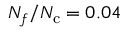
N _ { f } / N _ { \mathrm { c } } = 0 . 0 4